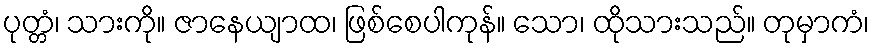
ပုတ္တံ၊ သားကို။ ဇာနေယျာထ၊ ဖြစ်စေပါကုန်။ သော၊ ထိုသားသည်။ တုမှာကံ၊